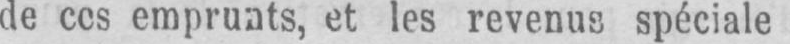
emprunts, et les revenus spéciale